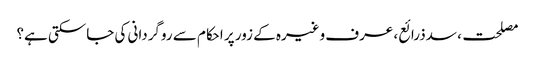
مصلحت، سدذرائع، عرف وغیرہ کے زور پر احکام سے روگردانی کی جاسکتی ہے؟